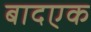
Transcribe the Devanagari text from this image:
बादएक